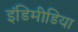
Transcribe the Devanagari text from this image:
इंडिमीडिया